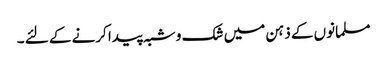
مسلمانوں کے ذہن میں شک و شبہ پیدا کرنے کے لئے ۔